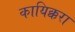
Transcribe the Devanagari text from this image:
कायिक्करा